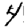
Digit: 4